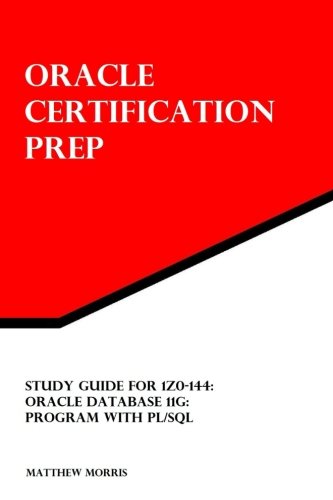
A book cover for Study Guide for 1Z0-144: Oracle Database 11g: Program with PL/SQL: Oracle Certification Prep; Matthew Morris; Computers & Technology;